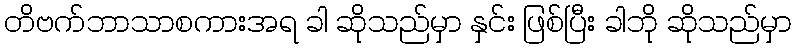
တိဗက်ဘာသာစကားအရ ခါ ဆိုသည်မှာ နှင်း ဖြစ်ပြီး ခါဘို ဆိုသည်မှာ